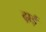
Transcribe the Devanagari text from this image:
ढ्राई